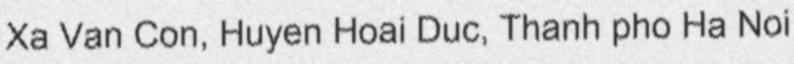
Xa Van Con, Huyen Hoai Duc, Thanh pho Ha Noi